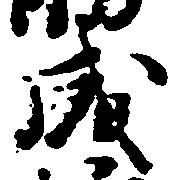
成